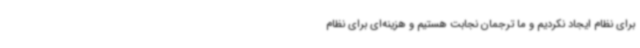
برای نظام ایجاد نکردیم و ما ترجمان نجابت هستیم و هزینه‌ای برای نظام